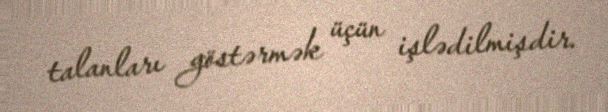
talanları göstərmək üçün işlədilmişdir.